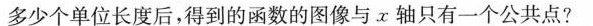
多少个单位长度后，得到的函数的图像与x轴只有一个公共点?